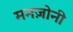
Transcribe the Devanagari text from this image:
मनज़ोनी